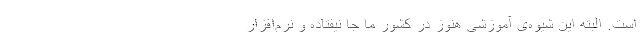
است. البته این شیوه‌ی آموزشی هنوز در کشور ما جا نیفتاده و نرم‌افزار